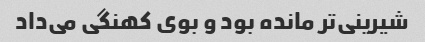
شیرینی‌تر مانده بود و بوی کهنگی می‌داد